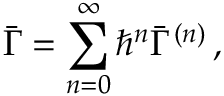
\bar { \Gamma } = \sum _ { n = 0 } ^ { \infty } { \hbar } ^ { n } \bar { \Gamma } ^ { ( n ) } \, ,